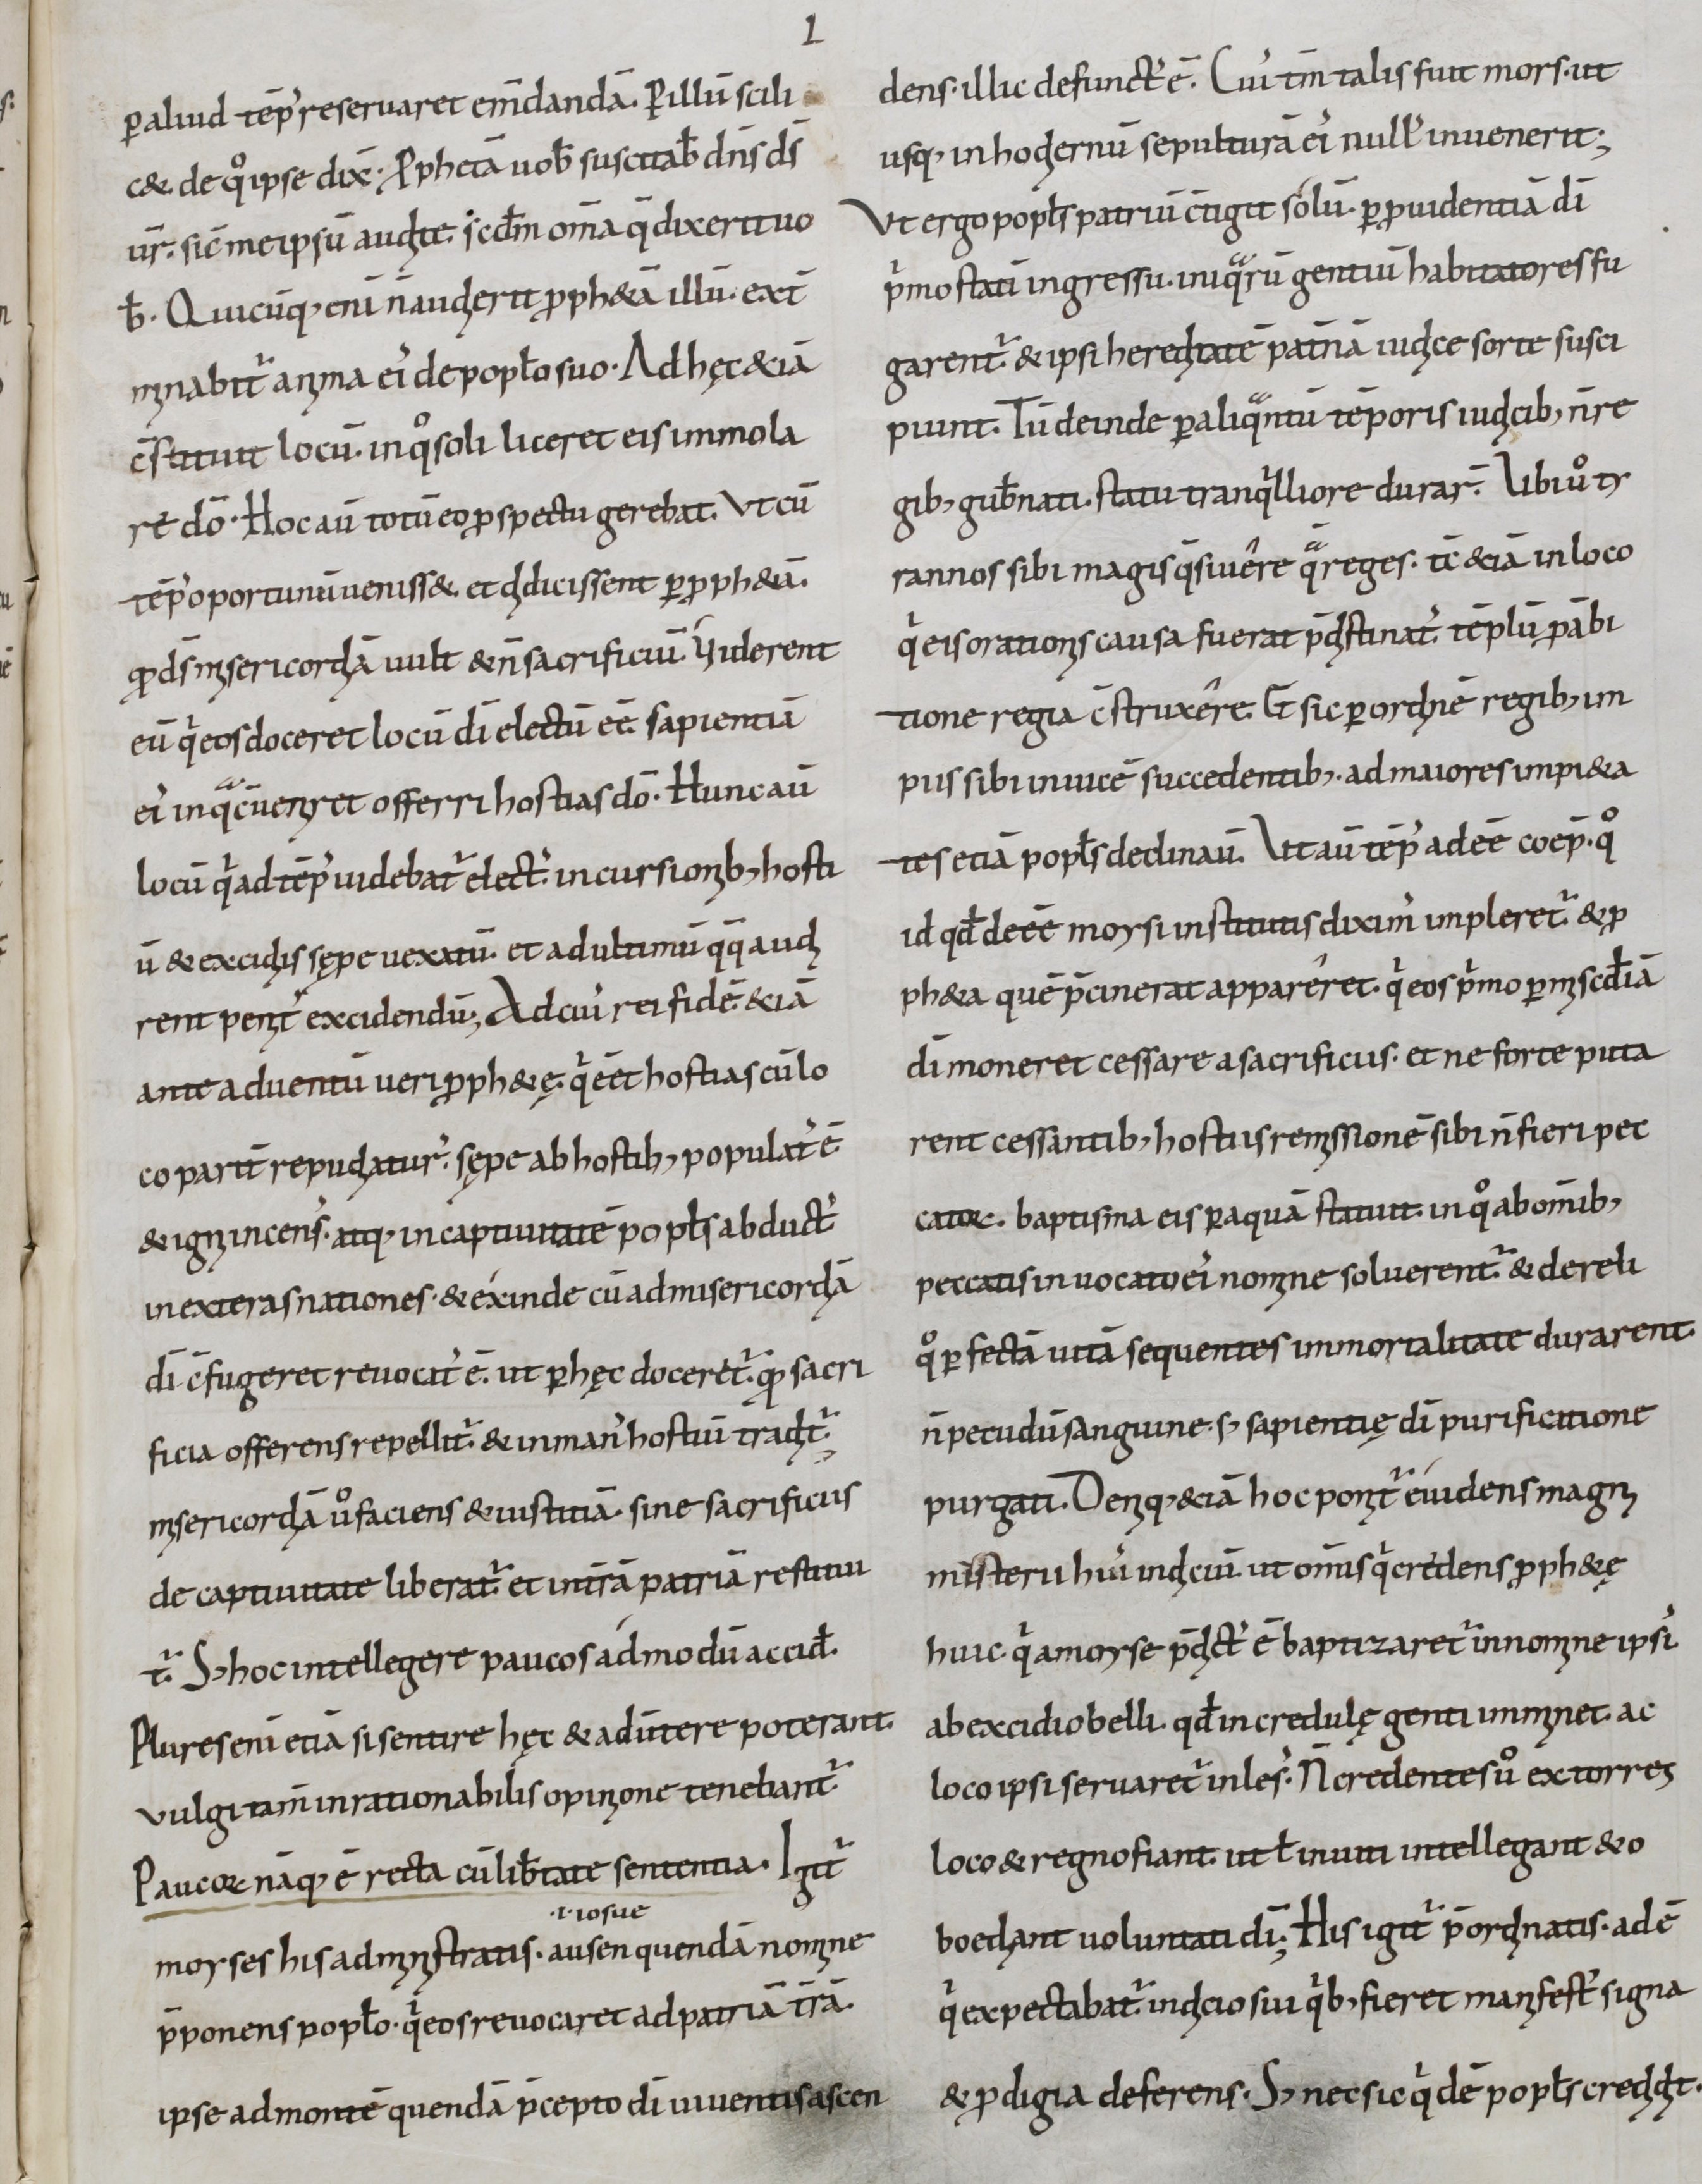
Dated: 800–899